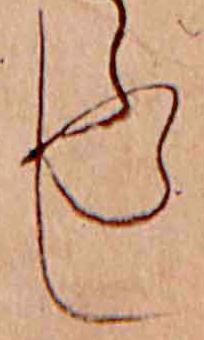
し